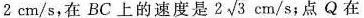
2cm/s,在BC上的速度是2 \sqrt { 3 } cm/s；点Q在